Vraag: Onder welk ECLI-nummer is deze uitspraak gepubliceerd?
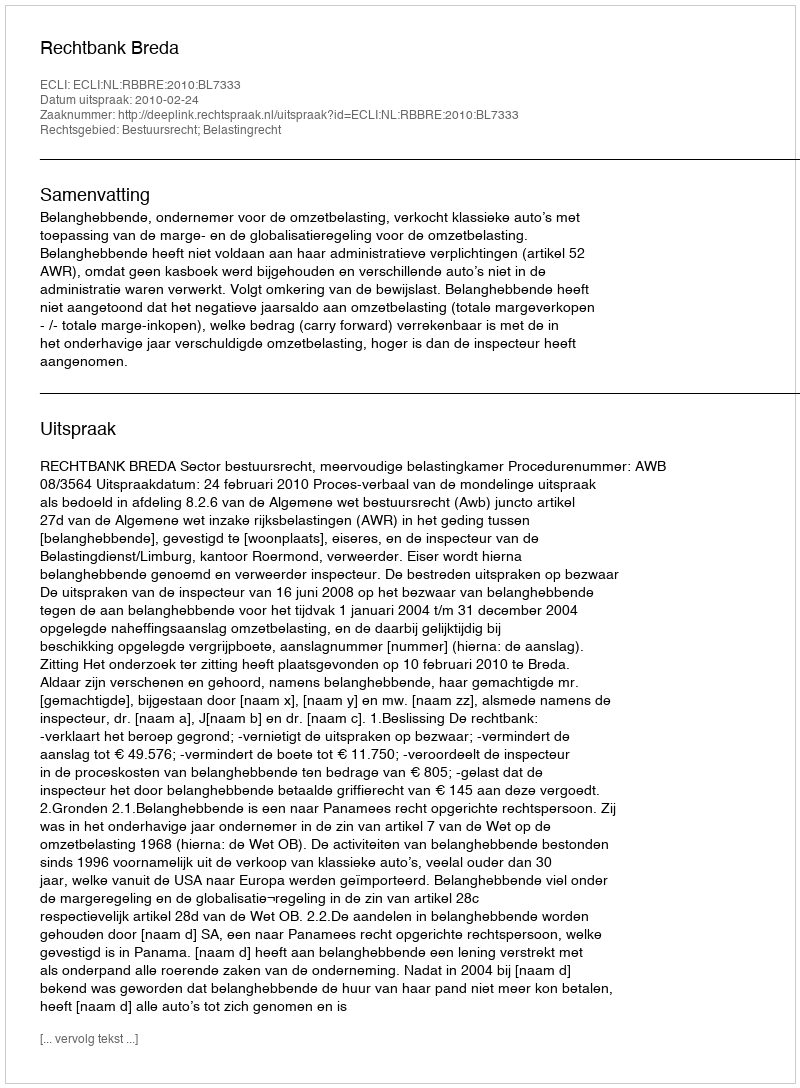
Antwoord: ECLI:NL:RBBRE:2010:BL7333